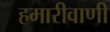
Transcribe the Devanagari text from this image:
हमारीवाणी